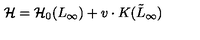
{ \cal H } = { \cal H } _ { 0 } ( L _ { \infty } ) + v \cdot K ( \tilde { L } _ { \infty } )